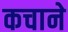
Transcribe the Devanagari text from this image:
कचाने